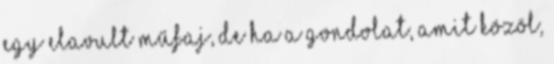
egy elavult műfaj, de ha a gondolat, amit közöl,